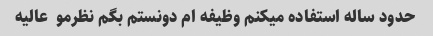
حدود ساله استفاده میکنم وظیفه ام دونستم بگم نظرمو  عالیه